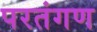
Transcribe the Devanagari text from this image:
परतंगण